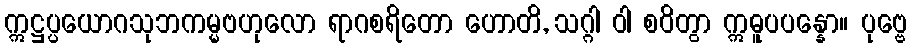
ဣဋ္ဌပ္ပယောဂသုဘကမ္မဗဟုလော ရာဂစရိတော ဟောတိ, သဂ္ဂါ ဝါ စဝိတွာ ဣဓူပပန္နော။ ပုဗ္ဗေ